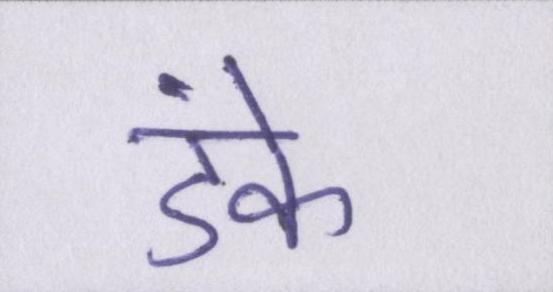
डंके